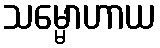
သမ္မောဟာယ